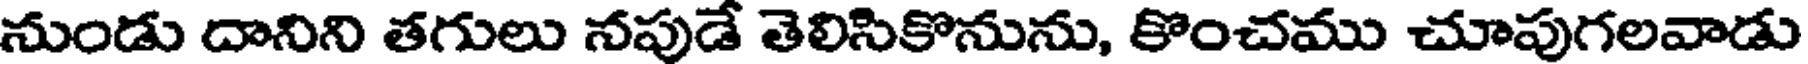
నుండు దానిని తగులు నపుడే తెలిసికొనును, కొంచము చూపుగలవాడు